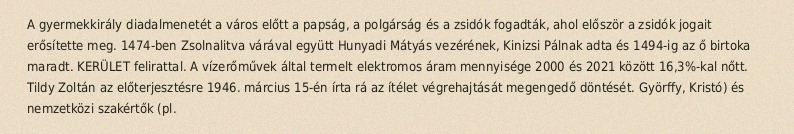
A gyermekkirály diadalmenetét a város előtt a papság, a polgárság és a zsidók fogadták, ahol először a zsidók jogait erősítette meg. 1474-ben Zsolnalitva várával együtt Hunyadi Mátyás vezérének, Kinizsi Pálnak adta és 1494-ig az ő birtoka maradt. KERÜLET felirattal. A vízerőművek által termelt elektromos áram mennyisége 2000 és 2021 között 16,3%-kal nőtt. Tildy Zoltán az előterjesztésre 1946. március 15-én írta rá az ítélet végrehajtását megengedő döntését. Györffy, Kristó) és nemzetközi szakértők (pl.